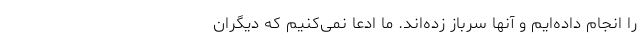
را انجام داده‌ایم و آنها سرباز زده‌اند. ما ادعا نمی‌کنیم که دیگران